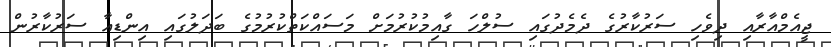
ޖީއެމްއާރާއި ދިވެހި ސަރުކާރުގެ ދެމެދުގައި ސުލްހަ ގާއިމުކުރުމަށް މަސައްކަތްކުރުމުގެ ބަދަލުގައި އިންޑިއާ ސަރުކާރުން